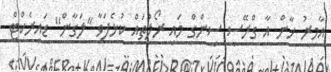
އާމިރު ޚާން އާ ގްރޭސީ ސިންގް މައި ރޯލުތައް ކުޅެފަވާ ''ލަގާން'' ޑައިރެކްޓް